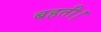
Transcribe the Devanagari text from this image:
बहती।